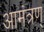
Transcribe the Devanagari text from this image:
आमंत्रण्